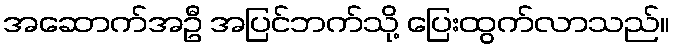
အဆောက်အဦ အပြင်ဘက်သို့ ပြေးထွက်လာသည်။